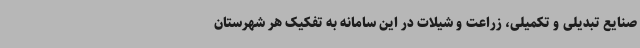
صنایع تبدیلی و تکمیلی، زراعت و شیلات در این سامانه به تفکیک هر شهرستان